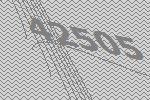
42505